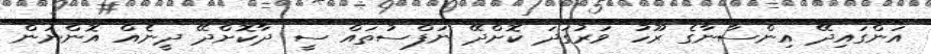
އަންގައިދޭ އިންސާނާގެ ރޫހު ވަރުގަދަ ކޮށްދޭ ނަފްސުތައް ސީ ދާކޮށްދޭ ދީނެއް އޮންނަން